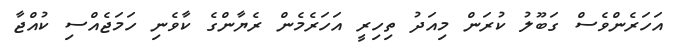
އަހަރެންވެސް ގަބޫލު ކުރަން މިއަދު ތިހިރީ އަހަރެމެން ރެޔާންގެ ކާވެނި ހަމަޖެއްސި ކުއްޖާ